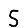
Digit: 5